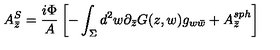
A _ { \bar { z } } ^ { S } = { \frac { i \Phi } { A } } \left[ - \int _ { \Sigma } d ^ { 2 } w \partial _ { \bar { z } } G ( z , w ) g _ { w \bar { w } } + A _ { \bar { z } } ^ { s p h } \right]